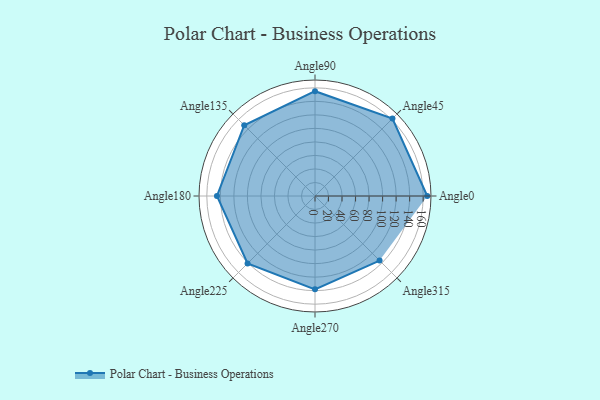
{"axis": {"x": "Angle", "y": "Radius"}, "legend": [""], "data": [{"x": "Angle0", "y": 166.0, "type": ""}, {"x": "Angle45", "y": 162.0, "type": ""}, {"x": "Angle90", "y": 155.0, "type": ""}, {"x": "Angle135", "y": 148.0, "type": ""}, {"x": "Angle180", "y": 145.0, "type": ""}, {"x": "Angle225", "y": 141.0, "type": ""}, {"x": "Angle270", "y": 138.0, "type": ""}, {"x": "Angle315", "y": 135.0, "type": ""}]}